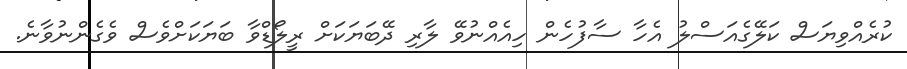
ކުރެއްވިޔަސް ކަލޭގެއަސްލު އެހާ ސާފުހެން ހިއެއްނުވޭ ލާރި ދޭބަަޔަކަށް ރީލޯޑްވާ ބަޔަކަށްވެސް ވެގެންނުވާނެ.